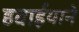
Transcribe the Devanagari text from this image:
हवाईयाने